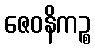
ဇေဝနိကဉ္စ